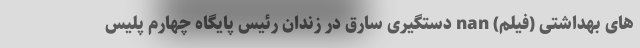
های بهداشتی (فیلم) nan دستگیری سارق در زندان رئیس پایگاه چهارم پلیس